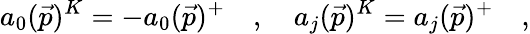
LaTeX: a_{0}(\vec{p})^{K}=-a_{0}(\vec{p})^{+}\quad,\quad a_{j}(\vec{p})^{K}=a_{j}(\vec{p})^{+}\quad,